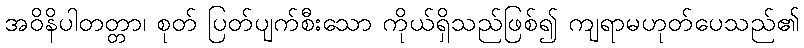
အဝိနိပါတတ္တာ၊ စုတ် ပြတ်ပျက်စီးသော ကိုယ်ရှိသည်ဖြစ်၍ ကျရာမဟုတ်ပေသည်၏